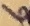
Text: 6